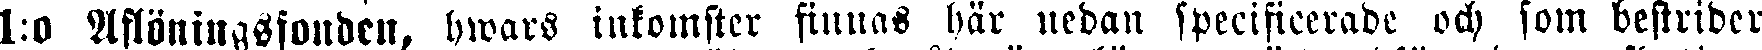
1:0 Aflöningsfonden, hwars inkomster finnas här nedan specificerade och som bestrider